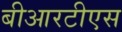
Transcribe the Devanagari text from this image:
बीआरटीएस